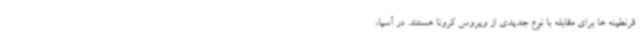
قرنطینه ها برای مقابله با نوع جدیدی از ویروس کرونا هستند. در آسیا،